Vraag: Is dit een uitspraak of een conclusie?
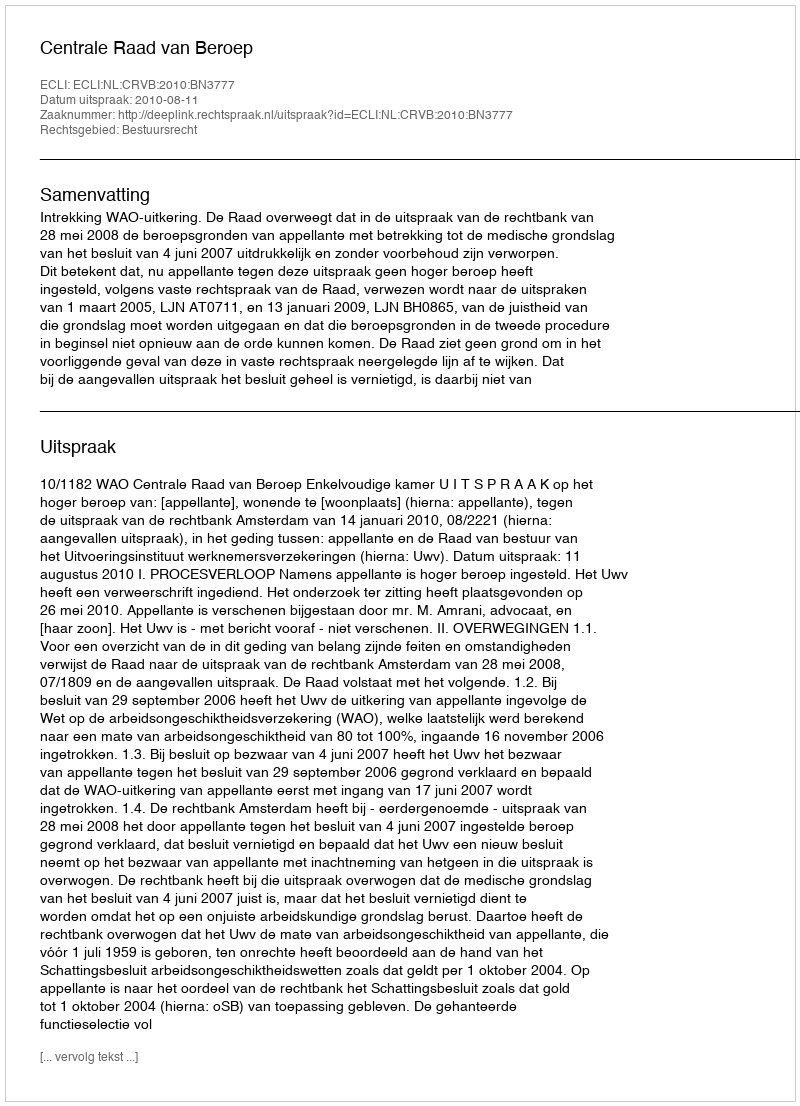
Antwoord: Uitspraak